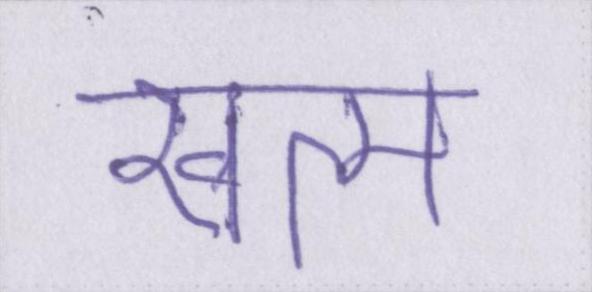
खत्म